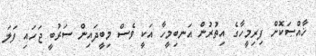
ޚާއްޞަކޮށް ފިރިމީހާގެ އިތުރުން އަނބިމީހާ އަކީ ވެސް މިބީދައިން ސަރުބީ ޖަހައި ފަލަ